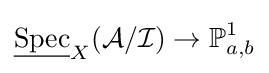
{\underline {\operatorname {Spec} }}_{X}({\mathcal {A}}/{\mathcal {I}})\to \mathbb {P} _{a,b}^{1}